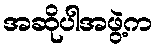
အဆိုပါအဖွဲ့က